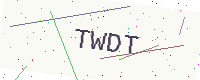
Text: TWDT